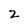
Character: 2